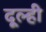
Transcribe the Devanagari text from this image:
दूल्ही